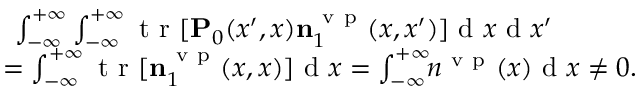
\begin{array} { r } { \int _ { - \infty } ^ { + \infty } \int _ { - \infty } ^ { + \infty } \ensuremath { \mathrm { ~ t ~ r ~ } } [ \ensuremath { \mathbf { P } } _ { 0 } ( x ^ { \prime } , x ) \ensuremath { \mathbf { n } } _ { 1 } ^ { \mathrm { ~ v ~ p ~ } } ( x , x ^ { \prime } ) ] \ensuremath { \mathrm { ~ d ~ } } x \ensuremath { \mathrm { ~ d ~ } } x ^ { \prime } \phantom { x x x x x x } } \\ { = \int _ { - \infty } ^ { + \infty } \ensuremath { \mathrm { ~ t ~ r ~ } } [ \ensuremath { \mathbf { n } } _ { 1 } ^ { \mathrm { ~ v ~ p ~ } } ( x , x ) ] \ensuremath { \mathrm { ~ d ~ } } x = \int _ { - \infty } ^ { + \infty } \! \! n ^ { \mathrm { ~ v ~ p ~ } } ( x ) \ensuremath { \mathrm { ~ d ~ } } x \neq 0 . } \end{array}